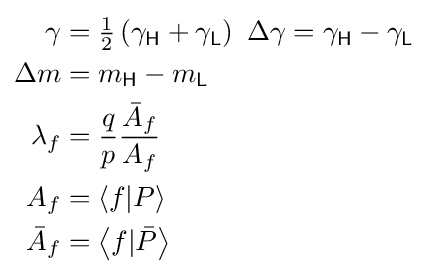
{\begin{aligned}\gamma &={\tfrac {1}{2}}\left(\gamma _{\mathsf {H}}+\gamma _{\mathsf {L}}\right)\ \Delta \gamma =\gamma _{\mathsf {H}}-\gamma _{\mathsf {L}}\\\Delta m&=m_{\mathsf {H}}-m_{\mathsf {L}}\\\lambda _{f}&={\frac {q}{p}}{\frac {{\bar {A}}_{f}}{A_{f}}}\\A_{f}&=\left\langle f|P\right\rangle \\{\bar {A}}_{f}&=\left\langle f|{\bar {P}}\right\rangle \end{aligned}}